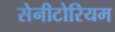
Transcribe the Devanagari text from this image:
सेनीटोरियम